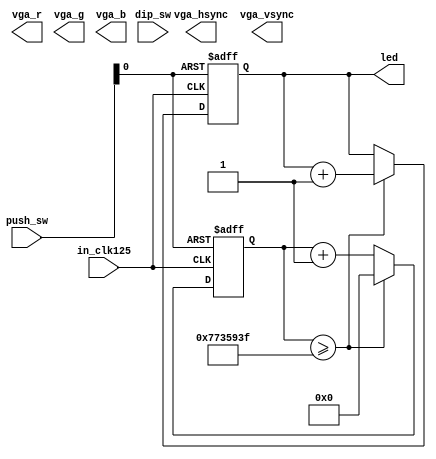


`timescale 1ns / 1ps
`default_nettype none


module zybo_led
        (
            input   wire            in_clk125,
            
            output  wire            vga_hsync,
            output  wire            vga_vsync,
            output  wire    [4:0]   vga_r,
            output  wire    [5:0]   vga_g,
            output  wire    [4:0]   vga_b,
            
            input   wire    [3:0]   push_sw,
            input   wire    [3:0]   dip_sw,
            output  wire    [3:0]   led
        );
    
    wire    reset = push_sw[0];
    wire    clk   = in_clk125;
    
    
    reg     [31:0]      counter;
    reg     [3:0]       led_out;
    
    always @(posedge clk or posedge reset) begin
        if ( reset ) begin
            led_out <= 4'b0000;
            counter <= 0;
        end
        else begin
            counter <= counter + 1;
            if ( counter >= 125000000-1 ) begin
                counter <= 0;
                led_out <= led_out + 1;
            end
        end
    end
    
    assign led = led_out;
    
    
endmodule


`default_nettype wire


// endof file